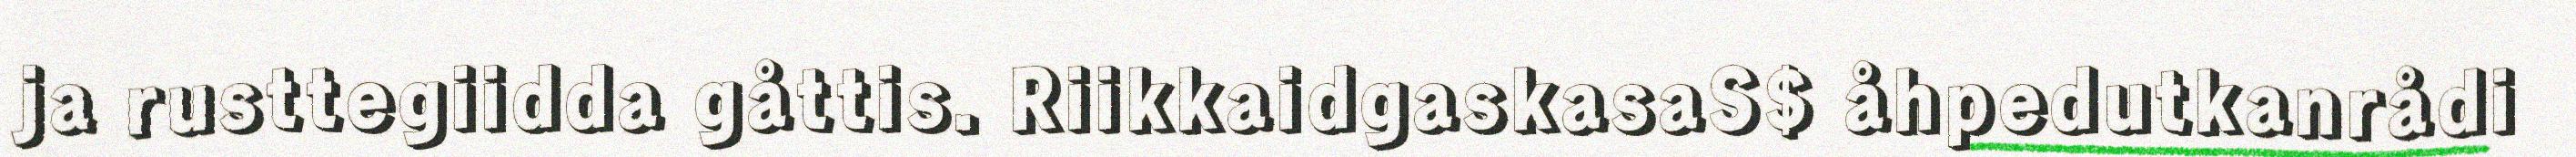
ja rusttegiidda gåttis. RiikkaidgaskasaS$ åhpedutkanrådi